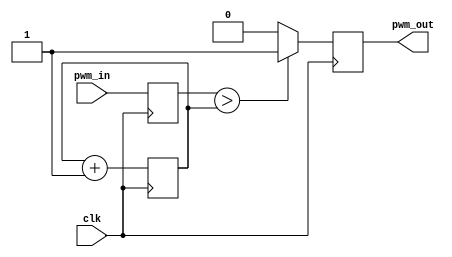
// EEE4120F (HPES)
// PWM module
// Author(s): Jonah Swain [SWNJON003]

module PWM #(parameter resolution_bits=8) (input clk, input [resolution_bits-1:0] pwm_in, output reg pwm_out);
    reg [resolution_bits-1:0] cntr = 0;
    reg [resolution_bits-1:0] pwmr = 0;

    always @(posedge clk) begin
        pwmr <= pwm_in;
        cntr <= cntr + 1;
        pwm_out <= (pwmr > cntr)? 1'b1:1'b0;
    end
endmodule